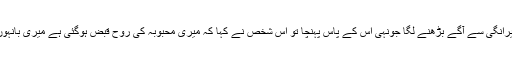
دراؔ حیرانگی سے آگے بڑھنے لگا جونہی اس کے پاس پہنچا تو اس شخص نے کہا کہ میری محبوبہ کی روح قبض ہوگئی ہے میری بانہوں میں۔